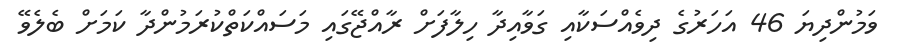
ވަމުންދިޔަ 46 އަހަރުގެ ދިވެއްސަކާއި ގަަވާއިދާ ހިލާފަށް ރާއްޖޭގައި މަސައްކަތްކުރަމުންދާ ކަމަށް ބެލެވޭ